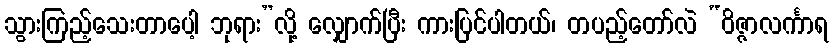
သွားကြည့်သေးတာပေါ့ ဘုရား”လို့ လျှောက်ပြီး ကားပြင်ပါတယ်၊ တပည့်တော်လဲ “ဝိဇ္ဇာလင်္ကာရ